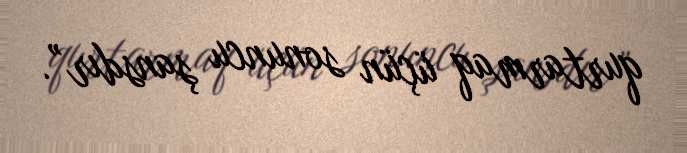
qurtarmaq üçün sonuncu şansdır”.